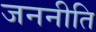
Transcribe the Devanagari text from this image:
जननीति